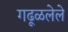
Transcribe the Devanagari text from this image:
गढूळलेले